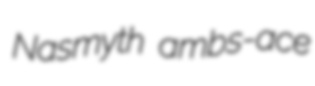
Nasmyth ambs-ace